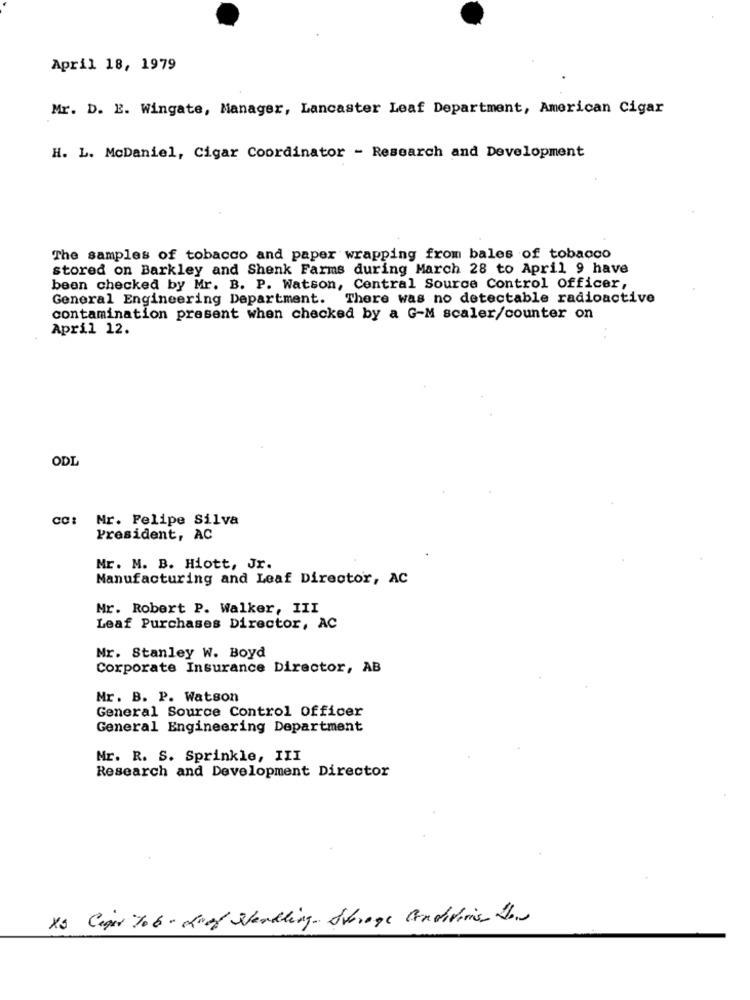
April 18, 1979
Mr. D. E. Wingate, Manager, Lancaster Leaf Department, American Cigar
H. L. McDaniel, Cigar Coordinator - Research and Development
The samples of tobacco and paper wrapping from bales of tobacco
stored on Barkley and Shenk Farms during March 28 to April 9 have
been checked by Mr. B. P. Watson, Central Source Control Officer,
General Engineering Department. There was no detectable radioactive
contamination present when checked by a G-M scaler/counter on
April 12.
ODL
CC: Mr. Felipe Silva
President, AC
Mr. M. B. Hiott, Jr.
Manufacturing and Leaf Director, AC
Mr. Robert P. Walker, III
Leaf Purchases Director, AC
Mr. Stanley W. Boyd
Corporate Insurance Director, AB
Mr. B. P. Watson
General Source Control Officer
General Engineering Department
Mr. R. S. Sprinkle, III
Research and Development Director
XS Cagar To 6 - Roof Sendling- Storage Conditions Jon